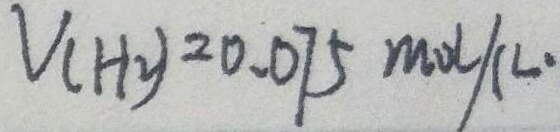
V ( H 2 ) ^ { 2 0 . 0 7 5 m o l / k 0 }